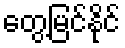
တွေ့မြင်နိုင်